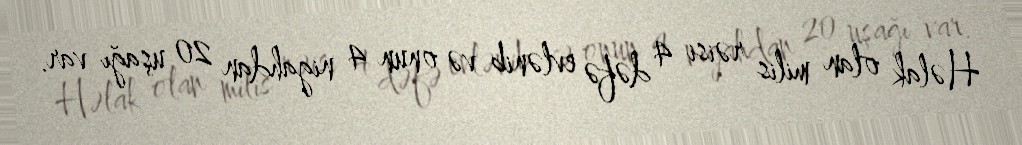
Həlak olan milis rəisi 4 dəfə evlənib və onun 4 nigahdan 20 uşağı var.